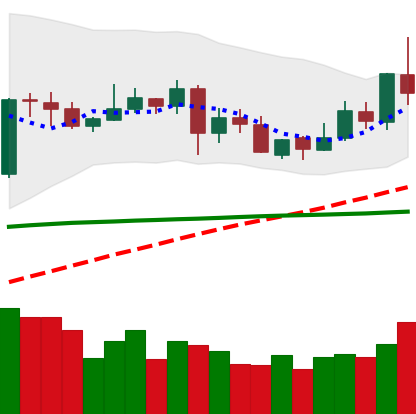
Ticker: XLM-USD
Chart end date: 2020-05-31
Forward return: 12.589%
Label: up_7plus